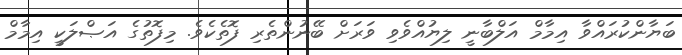
ބަޔާންކުރައްވާ އިމާމް އަލްބާނީ ލިޔުއްވެވި ވަރަށް ބޭނުންތެރި ފޮތެކެވެ. މިފޮތުގެ އަޞްލަކީ އިމާމް